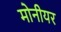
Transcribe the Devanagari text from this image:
मोनीयर